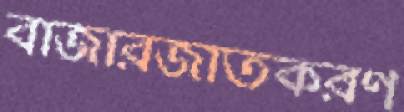
বাজারজাতকরণ